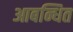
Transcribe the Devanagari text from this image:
आबन्धित